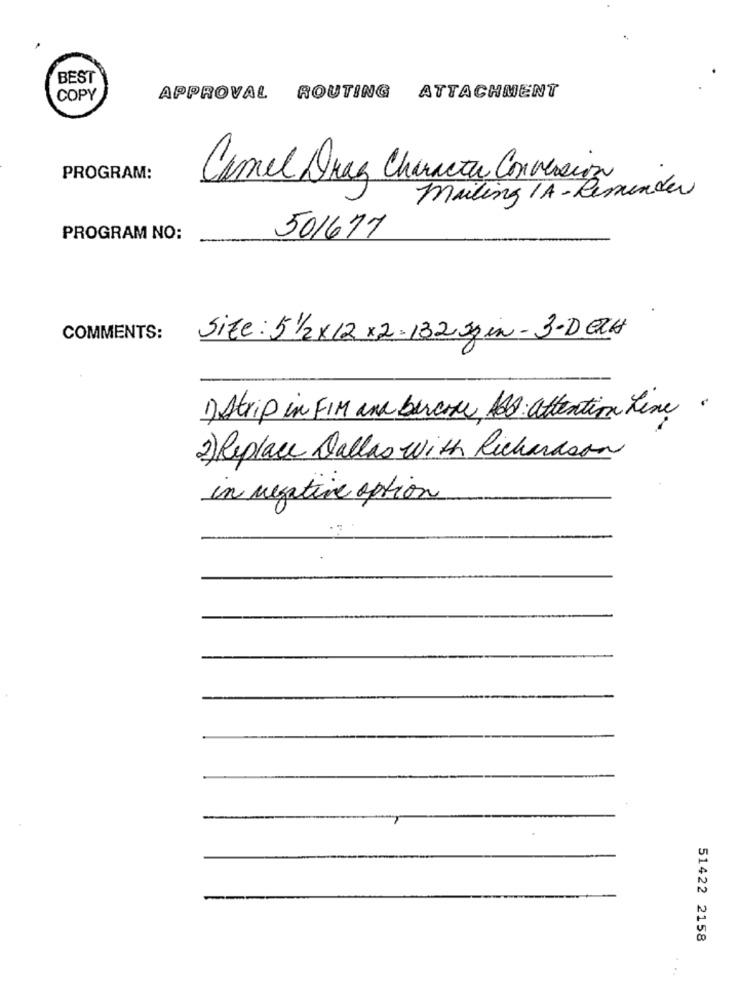
BEST
COPY
APPROVAL ROUTING ATTACHMENT
PROGRAM:
Camel Drag Characta Conversion
Mailing IA-Reminder
PROGRAM NO:
501677
COMMENTS:
Size: 5 1/2x12 x2-132spin- 3-DECH
1) Strip in FIM and become, Abd attention Line .
2) Replace Dallas With Richardson
in negative option
51422 2158